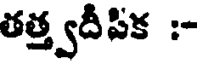
తత్త్వదీపిక :-